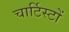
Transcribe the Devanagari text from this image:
चार्टिस्टों